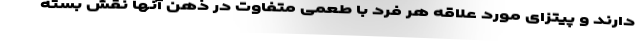
دارند و پیتزای مورد علاقه هر فرد با طعمی متفاوت در ذهن آنها نقش بسته